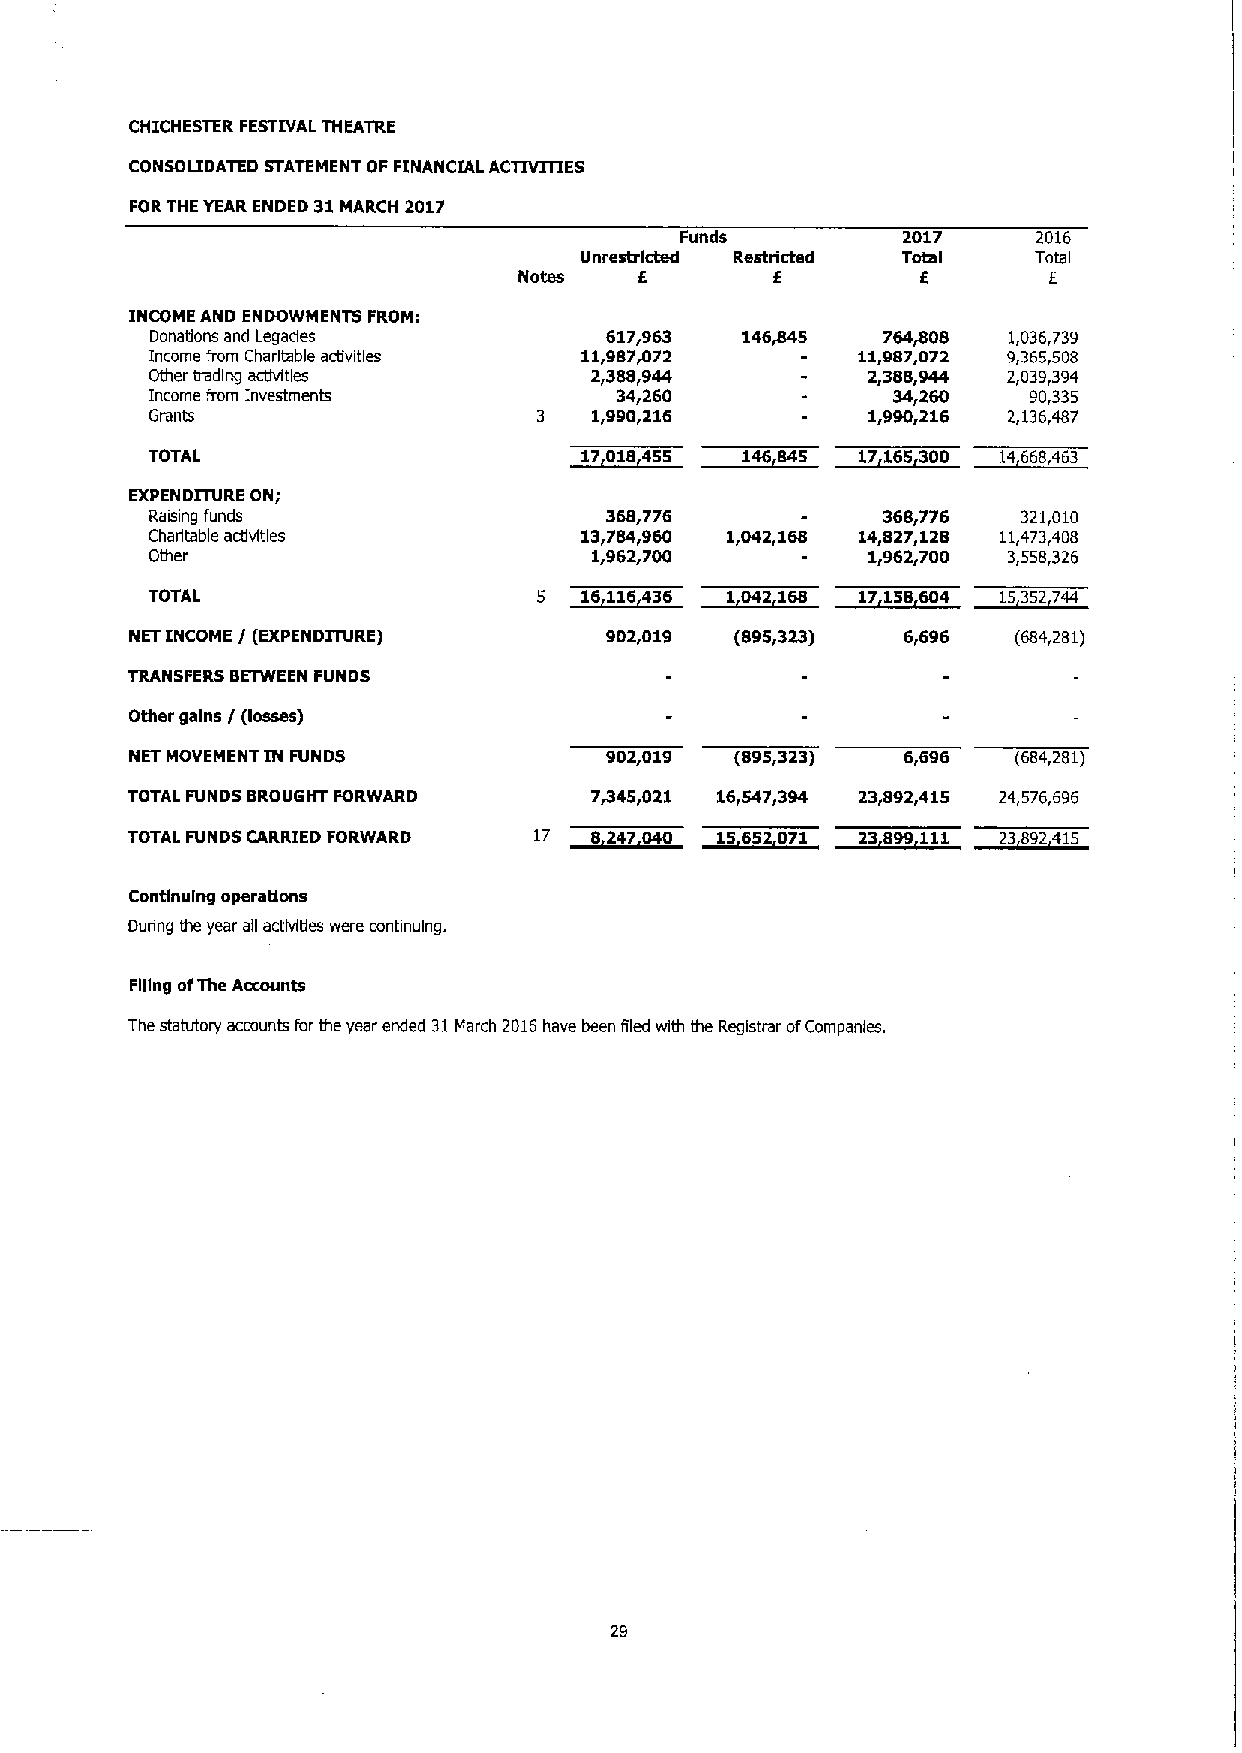
CHICHESTER FESTD/AL THEATRE
 CONSOLIDATED STATEMENT OF FINANCIAL ACTIVITIES
 FORTHE YEAR ENDED 31MARCH 2017
 Funds          2017     2016
 Notes
 Unrestri Icted Restri 6cted To Ft .s I To Ital
 INCOME AND ENDOWMENTS FROM:
 Donations and Legades         617,963  146~5    764408   1,036,739
 Income from Charitable activities 11,987872    11,987,072 9,365,508
 Other trading acdvitles      2,388,944          2,388,944 2,039,394
 Income from Investments        34,260            34,260   90,335
 Grants                       1,990,216          1,990,216 2,136,487
 TOTAL
 EXPENDITURE ON;
 Raulng funds                  368,776           368,776   321,010
 Charitable activities       13,784,960 1,042,168 14427,128 11,473,408
 Other                        1,962,700          1r962r700 3558326
 TOTAL
 NET INCOME / (EXPENDITURE)     902,019  (895,323)  6,696  (684,281)
 TRANSFERS BETWEEN FUNDS
 Other gains / (losses)
 NET MOVEMENT IN FUNDS          902,019  (895,323)  6,696  (684,281)
 TOTAL FUNDS BROUGHT FORWARD    7445r021 16r547r394 23r892 415 24576696
 TOTAL FUNDS CARRIED FORWARD
 Continuing operations
 During the year all activities were continuing.
 Flgng ofThe Accounts
 The statutory accounts for the year ended 31March 2016have been filed with the Registrar ofCompanies.
 29